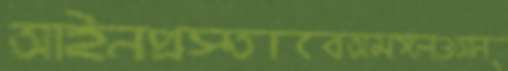
আইনপ্রস্তাবেঅমঙ্গলওআন্